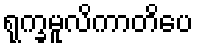
ရုက္ခမူလိကာတိပေ